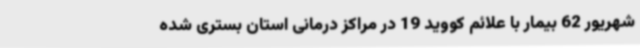
شهریور 62 بیمار با علائم کووید 19 در مراکز درمانی استان بستری شده